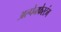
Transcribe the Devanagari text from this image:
अल्पेनफेस्टंग